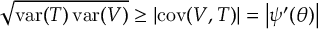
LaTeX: { \sqrt { \operatorname { v a r } ( T ) \operatorname { v a r } ( V ) } } \geq \left| \operatorname { c o v } ( V , T ) \right| = \left| \psi ^ { \prime } ( \theta ) \right|